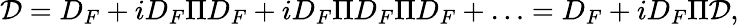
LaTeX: {\cal D}=D_{F}+iD_{F}\Pi D_{F}+iD_{F}\Pi D_{F}\Pi D_{F}+\ldots=D_{F}+iD_{F}\Pi{\cal D},